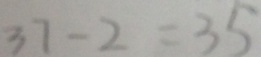
3 7 - 2 = 3 5